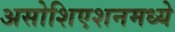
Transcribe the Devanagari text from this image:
असोशिएशनमध्ये